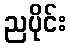
ညပိုင်း